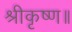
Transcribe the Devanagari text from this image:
श्रीकृष्ण॥